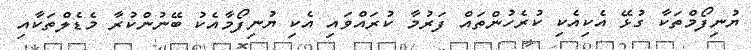
ޔުނިފޯމްތަކާ ގުޅޭ އެކިއެކި ކުރެހުންތައް ފަރުމާ ކުރައްވައި އެކި ޔުނިފޯމާއެކު ބޭނުންކުރާ މެޑެލްތަކާއި